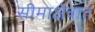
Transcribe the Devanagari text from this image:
सीमाक्षेत्रात